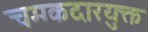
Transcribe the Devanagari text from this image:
चमकदारयुक्त